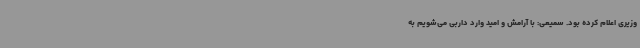
وزیری اعلام کرده بود. سمیعی: با آرامش و امید وارد داربی می‌شویم به